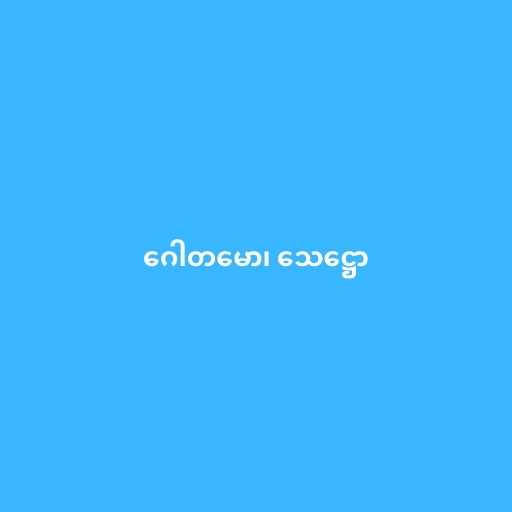
ဂေါတမော၊ သေဋ္ဌော